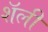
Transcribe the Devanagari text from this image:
शॅली